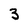
Character: 3